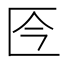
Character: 𠤮